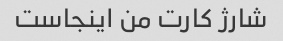
شارژ کارت من اینجاست